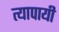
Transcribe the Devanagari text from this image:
त्यापायी